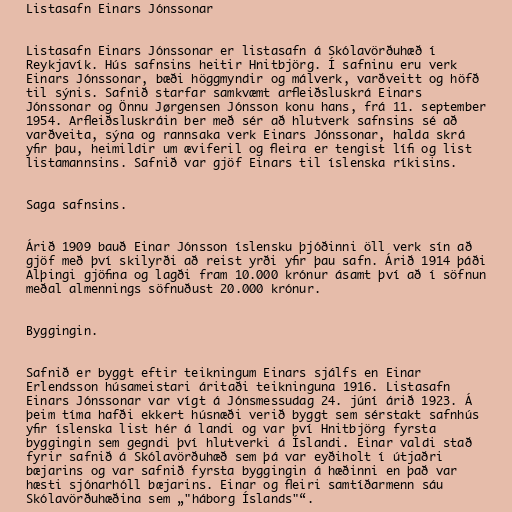
Listasafn Einars Jónssonar

Listasafn Einars Jónssonar er listasafn á Skólavörðuhæð í
Reykjavík. Hús safnsins heitir Hnitbjörg. Í safninu eru verk
Einars Jónssonar, bæði höggmyndir og málverk, varðveitt og höfð
til sýnis. Safnið starfar samkvæmt arfleiðsluskrá Einars
Jónssonar og Önnu Jørgensen Jónsson konu hans, frá 11. september
1954. Arfleiðsluskráin ber með sér að hlutverk safnsins sé að
varðveita, sýna og rannsaka verk Einars Jónssonar, halda skrá
yfir þau, heimildir um æviferil og fleira er tengist lífi og list
listamannsins. Safnið var gjöf Einars til íslenska ríkisins.

Saga safnsins.

Árið 1909 bauð Einar Jónsson íslensku þjóðinni öll verk sín að
gjöf með því skilyrði að reist yrði yfir þau safn. Árið 1914 þáði
Alþingi gjöfina og lagði fram 10.000 krónur ásamt því að í söfnun
meðal almennings söfnuðust 20.000 krónur.

Byggingin.

Safnið er byggt eftir teikningum Einars sjálfs en Einar
Erlendsson húsameistari áritaði teikninguna 1916. Listasafn
Einars Jónssonar var vígt á Jónsmessudag 24. júní árið 1923. Á
þeim tíma hafði ekkert húsnæði verið byggt sem sérstakt safnhús
yfir íslenska list hér á landi og var því Hnitbjörg fyrsta
byggingin sem gegndi því hlutverki á Íslandi. Einar valdi stað
fyrir safnið á Skólavörðuhæð sem þá var eyðiholt í útjaðri
bæjarins og var safnið fyrsta byggingin á hæðinni en það var
hæsti sjónarhóll bæjarins. Einar og fleiri samtíðarmenn sáu
Skólavörðuhæðina sem „"háborg Íslands"“.